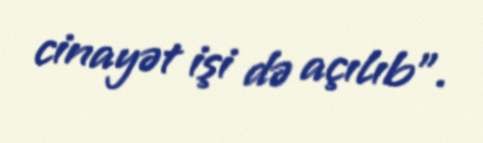
cinayət işi də açılıb".